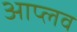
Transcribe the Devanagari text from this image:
आप्लव